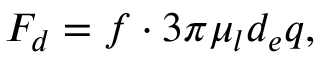
\begin{array} { r } { F _ { d } = f \cdot 3 \pi \mu _ { l } d _ { e } q , } \end{array}